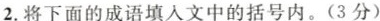
2. 将下面的成语填入文中的括号内。(3分)